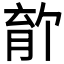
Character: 𫆡